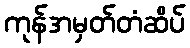
ကုန်အမှတ်တံဆိပ်